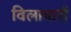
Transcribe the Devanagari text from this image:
विलावारों